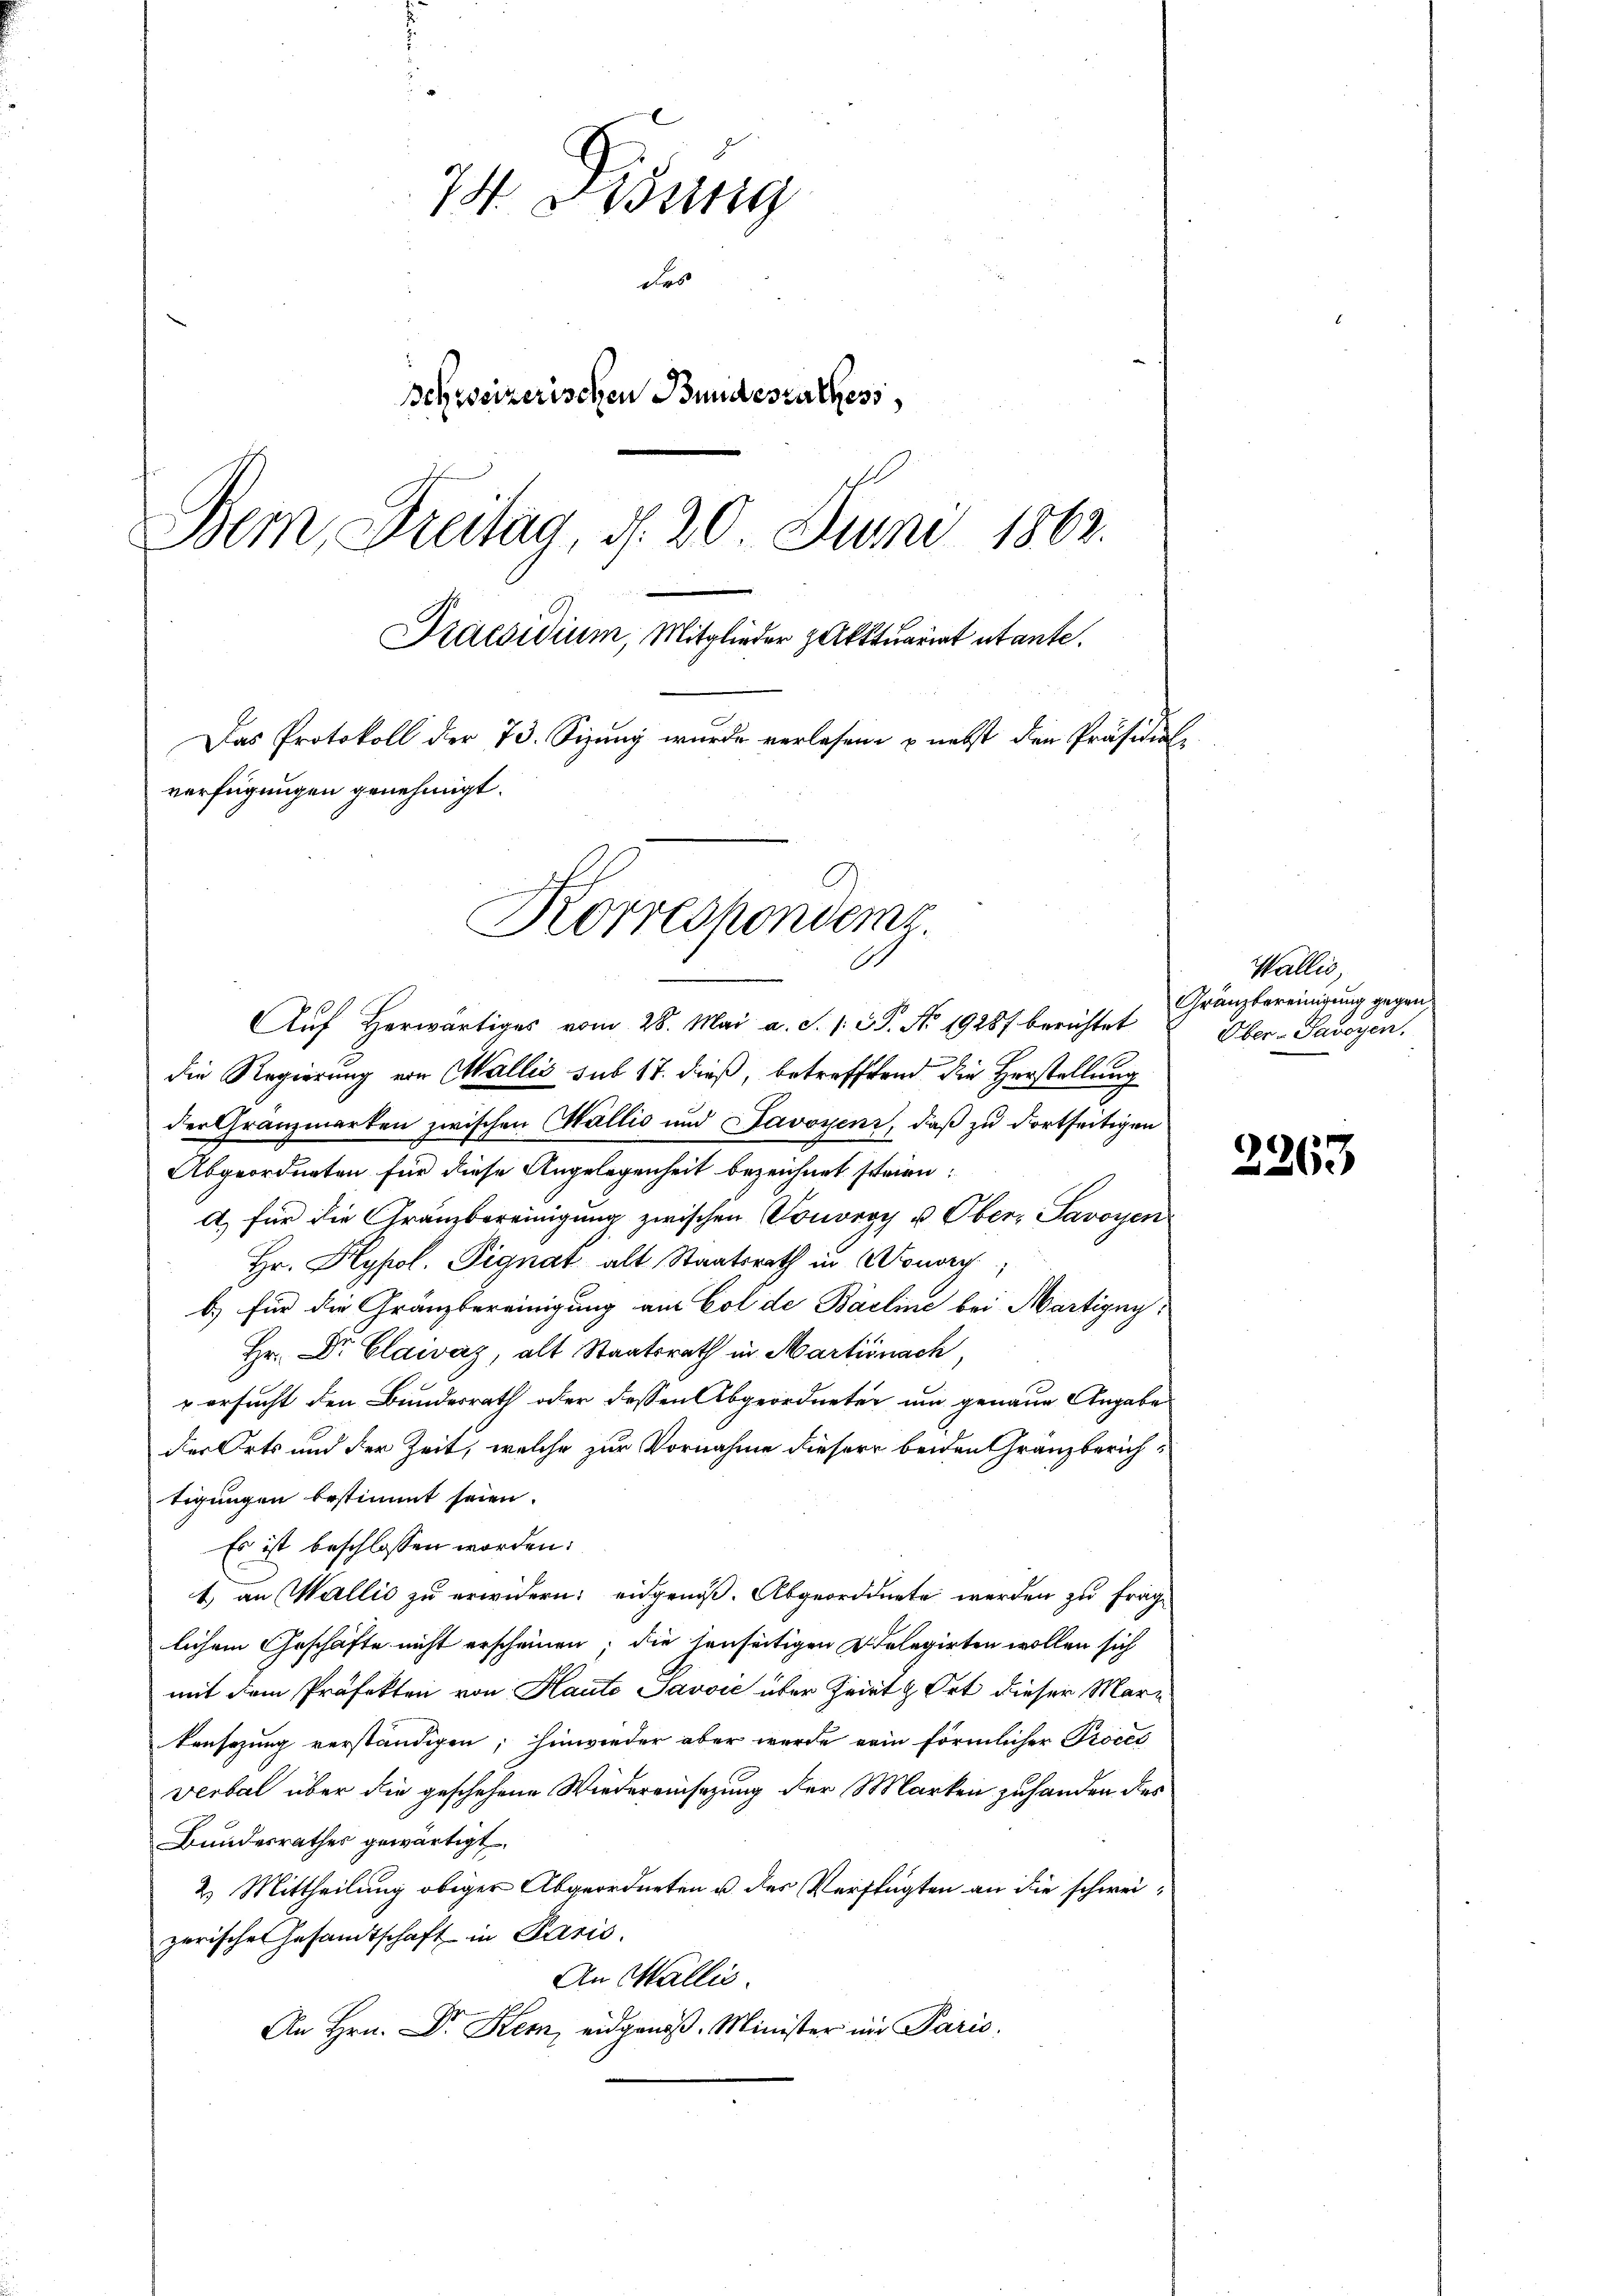
74. Didung
des
Schweizerischen Bundesrathess,
Bem, Freitag, d. 20 Juni 1863.
Praesidium, Mitglieder Aktuariat utante.
Das Protokoll der 73. Sizung wurde verlesene nebst den Präsidialverfügungen genehmigt.
Korrespondenz.
.

Auf herwärtiges vom 28. Mai a. S. 1. 2. No. 19287 berichtet
die Regierung von Wallis sub 17. dieß, betreffend die Herstellung
der Granzmarken zwischen Wallis und Savoyenz, daß zu dortseitigen
Abgeordneten für diese Angelegenheit bezeichnet seien.
a) für die Gränzbereinigung zwischen Vouvry u. Ober- Savoyen
Hr. Hypol. Pignat alt Staatsrath in onerg
b) für die Gränzbereinigung aus Col de Bärline bei Martigny,
Hr. Dr Claivaz, alt Staatsrath in Martinach,
 ersucht den Bundesrath oder dessen Abgeordneten um genaue Angabe
der Orts und der Zeit, welche zur Vornahme dieser beiden Granzberichtigungen bestimmt seien.
Es ist beschlossen worden:
t) an Wallis zu erwidern; eidgenöß. Abgeordnete werden zu fraglichem Geschäfte nicht erscheinen, die senseitigen Delegirten wollen sich
mit dem Präfekten von Hauto Javvić über Heirt & Ort dieser Markansezung verständigen; hinwieder aber wurde ein förmlicher Proces
Verbal über die geschehene Wiedereinsezung der Marken zuhanden des
Bundesrathes gewärtigt.
2. Mittheilung obiger Abgeordneten u. des Verfügten an die schweizerischen Gesandtschaft in Paris.
An Wallis.
An Hrn. Dr. Kem, eidgenöß- Minister in Paris

Wallis,
Gränzbereinigung gegen¬
Ober-Savoyen.

2263